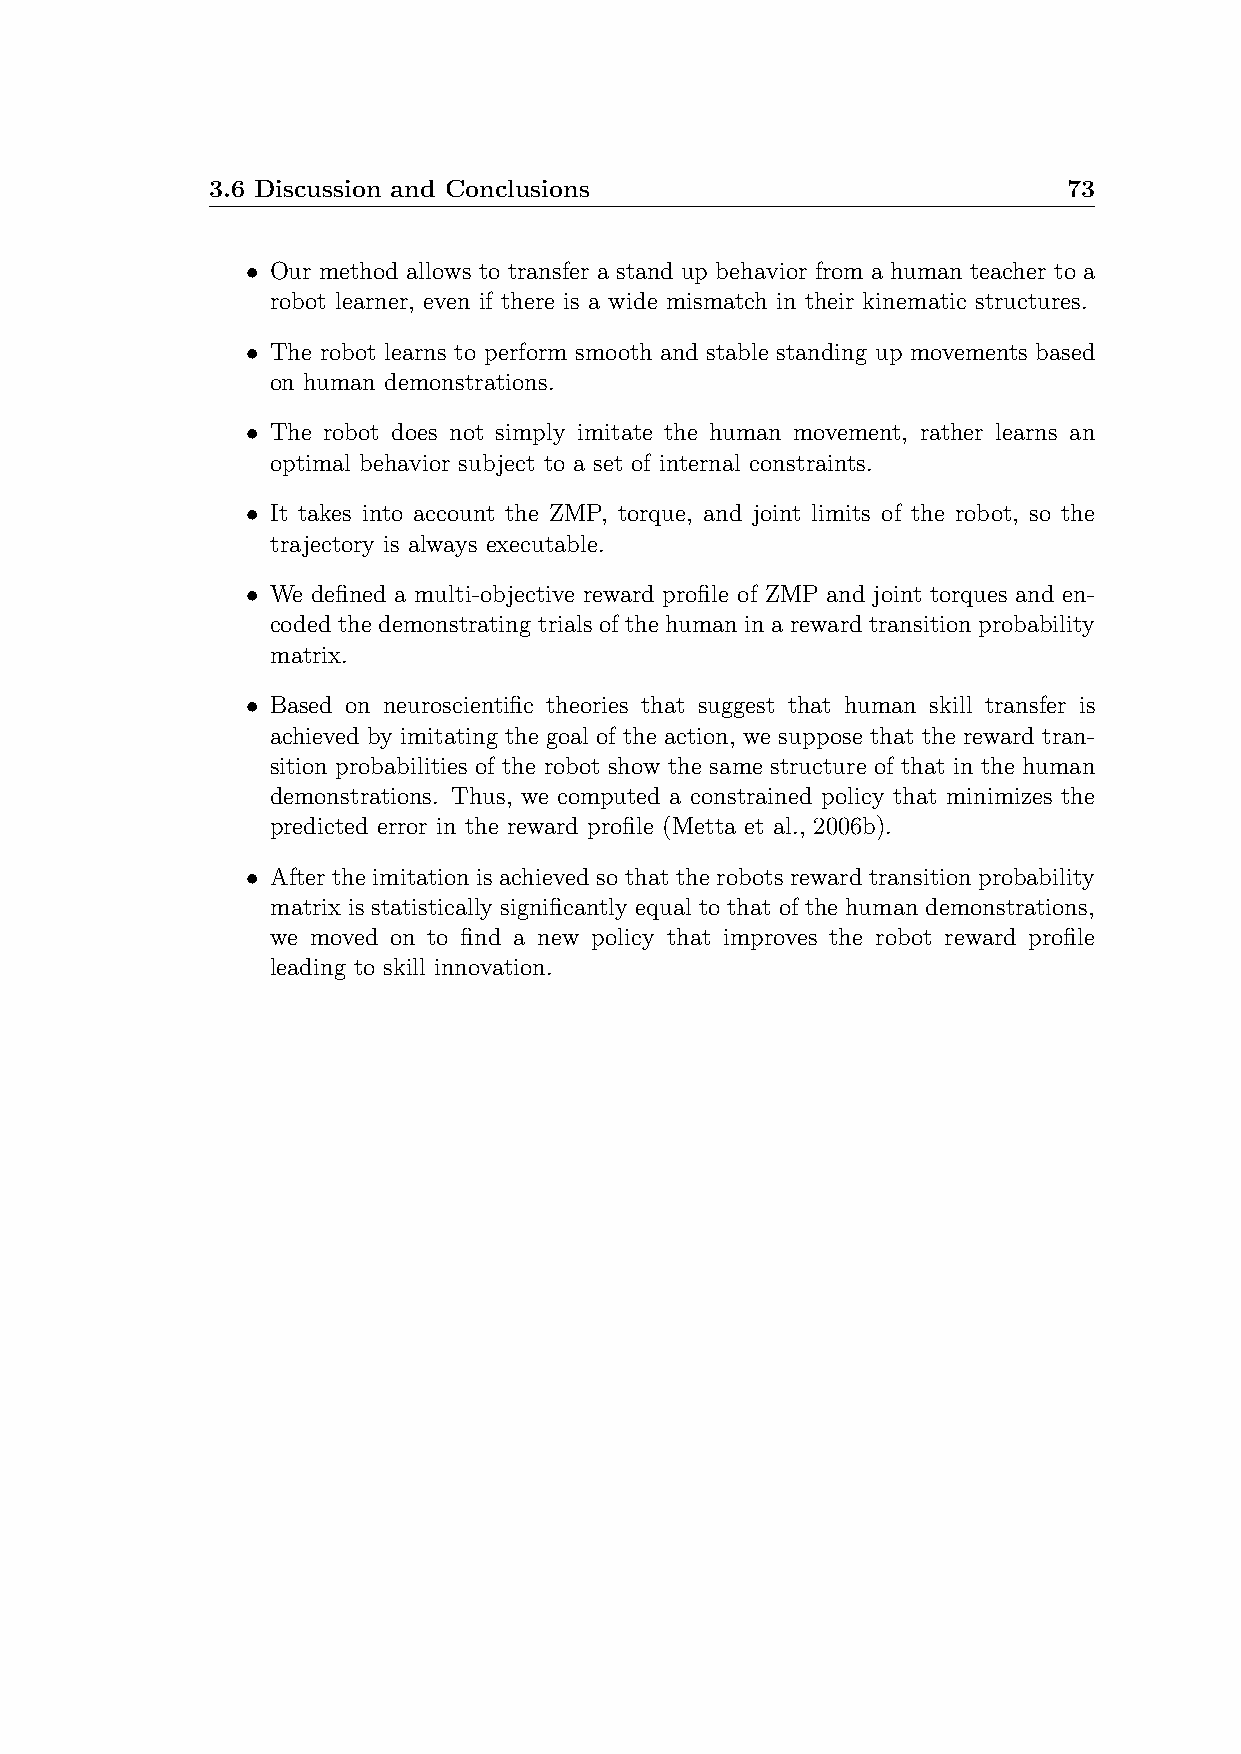
3.6 Discussion and Conclusions                           73
 • Our method allows to transfer a stand up behavior from a human teacher to a
 robot learner, even if there is a wide mismatch in their kinematic structures.
 • The robot learns to perform smooth and stable standing up movements based
 on human demonstrations.
 • The robot does not simply imitate the human movement, rather learns an
 optimal behavior subject to a set of internal constraints.
 • It takes into account the ZMP, torque, and joint limits of the robot, so the
 trajectory is always executable.
 • We defined a multi-objective reward profile of ZMP and joint torques and en-
 coded the demonstrating trials of the human in a reward transition probability
 matrix.
 • Based on neuroscientific theories that suggest that human skill transfer is
 achieved by imitating the goal of the action, we suppose that the reward tran-
 sition probabilities of the robot show the same structure of that in the human
 demonstrations. Thus, we computed a constrained policy that minimizes the
 predicted error in the reward profile (Metta et al., 2006b).
 • After the imitation is achieved so that the robots reward transition probability
 matrix is statistically significantly equal to that of the human demonstrations,
 we moved on to find a new policy that improves the robot reward profile
 leading to skill innovation.